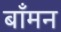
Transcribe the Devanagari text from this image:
बाँमन